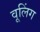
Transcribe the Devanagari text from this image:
वूलिंग